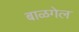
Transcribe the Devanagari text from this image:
बाळगेल